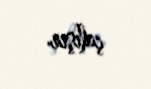
çalışır.